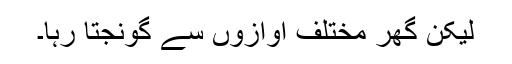
لیکن گھر مختلف آوازوں سے گونجتا رہا۔